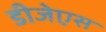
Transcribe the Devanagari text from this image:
डीजेएस